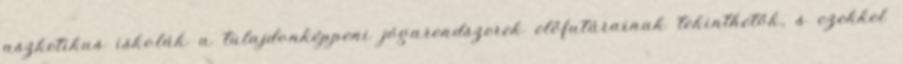
aszketikus iskolák a tulajdonképpeni jógarendszerek előfutárainak tekinthetők, s ezekkel